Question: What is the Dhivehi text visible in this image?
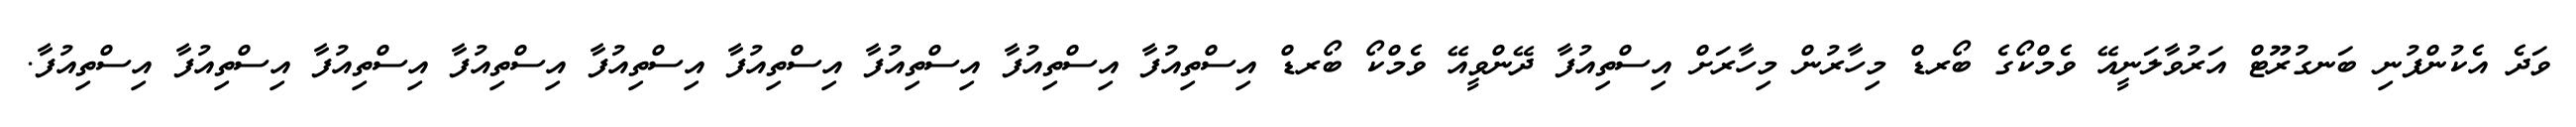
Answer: ވަދެ އެކުންފުނި ބަނގުރޫޓް އަރުވާލަނީއޭ ވެމްކޯގެ ބޯރޑް މިހާރުން މިހާރަށް އިސްތިއުފާ ދޭންވީއޭ ވެމްކޯ ބޯރޑް އިސްތިއުފާ އިސްތިއުފާ އިސްތިއުފާ އިސްތިއުފާ އިސްތިއުފާ އިސްތިއުފާ އިސްތިއުފާ އިސްތިއުފާ އިސްތިއުފާ.